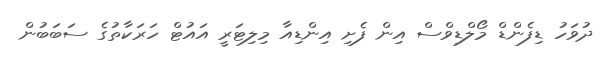
ދުވަހު ޑިފެންޑް މޯލްޑިވްސް އިން ފެށި އިންޑިއާ މިލިޓަރީ އައުޓް ހަރަކާތުގެ ސަބަބުން